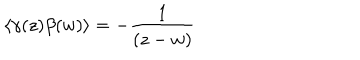
LaTeX: \left\langle \gamma ( z ) \beta ( w ) \right\rangle = - \frac 1 { ( z - w ) }